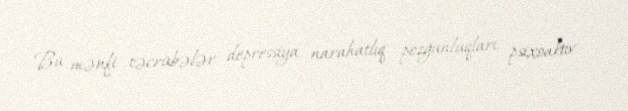
Bu mənfi təcrübələr depressiya, narahatlıq pozğunluqları, psixoaktiv